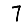
Digit: 7